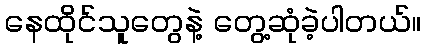
နေထိုင်သူတွေနဲ့ တွေ့ဆုံခဲ့ပါတယ်။